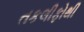
તકલીફોથી